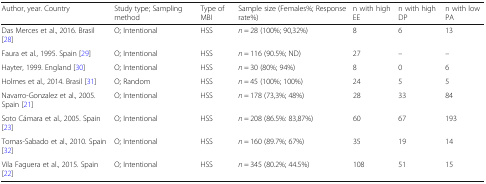
| Author, year. Country | Study type; Sampling method | Type of MBI | Sample size (Females%; Response rate%) | n with high EE | n with high DP | n with low PA |
 | --- | --- | --- | --- | --- | --- | --- |
 | Das Merces et al., 2016. Brasil [28] | O; Intentional | HSS | n = 28 (100%; 90,32%) | 8 | 6 | 13 |
 | Faura et al., 1995. Spain [29] | O; Intentional | HSS | n = 116 (90.5%; ND) | 27 | – | – |
 | Hayter, 1999. England [30] | O; Intentional | HSS | n = 30 (80%; 94%) | 8 | 0 | 6 |
 | Holmes et al., 2014. Brasil [31] | O; Random | HSS | n = 45 (100%; 100%) | 24 | 5 | 5 |
 | Navarro-Gonzalez et al., 2005. Spain [21] | O; Intentional | HSS | n = 178 (73,3%; 48%) | 28 | 33 | 84 |
 | Soto Cámara et al., 2005. Spain [23] | O; Intentional | HSS | n = 208 (86.5%: 83,87%) | 60 | 67 | 193 |
 | Tomas-Sabado et al., 2010. Spain [32] | O; Intentional | HSS | n = 160 (89.7%; 67%) | 35 | 19 | 14 |
 | Vila Faguera et al., 2015. Spain [22] | O; Intentional | HSS | n = 345 (80.2%; 44.5%) | 108 | 51 | 15 |